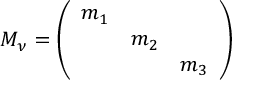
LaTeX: M _ { \nu } = \left( \begin{array} { c c c } { { m _ { 1 } } } & { { } } & { { } } \\ { { } } & { { m _ { 2 } } } & { { } } \\ { { } } & { { } } & { { m _ { 3 } } } \end{array} \right)